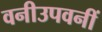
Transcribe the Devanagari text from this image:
वनीउपवनीं